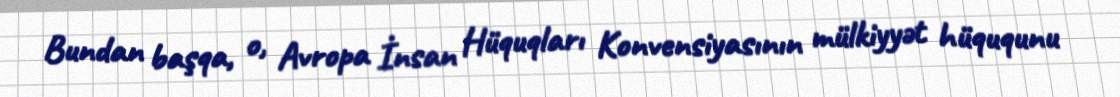
Bundan başqa, o, Avropa İnsan Hüquqları Konvensiyasının mülkiyyət hüququnu